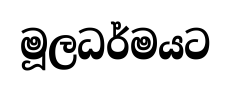
මූලධර්මයට